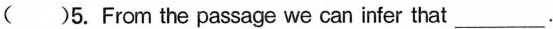
A.40% B.56.7% C.67.2% D.80%